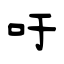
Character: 吁